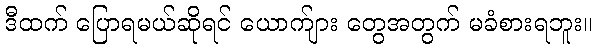
ဒီထက် ပြောရမယ်ဆိုရင် ယောက်ျား တွေအတွက် မခံစားရဘူး။